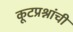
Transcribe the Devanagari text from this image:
कूटप्रश्नांची